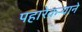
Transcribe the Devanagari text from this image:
पहारेकर्‍याने